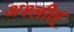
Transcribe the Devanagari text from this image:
अश्लील्